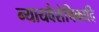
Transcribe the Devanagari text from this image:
न्यायवैशेषिकादि